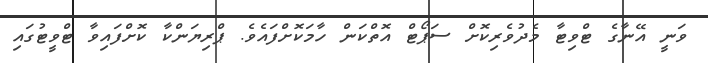
ވަނީ އޭނާގެ ޓްވިޓާ މެދުވެރިކޮށް ސަޕޯޓް އޮތްކަން ހާމަކޮށްފައެވެ. ޕްރިޔަންކާ ކޮށްފައިވާ ޓްވީޓުގައި